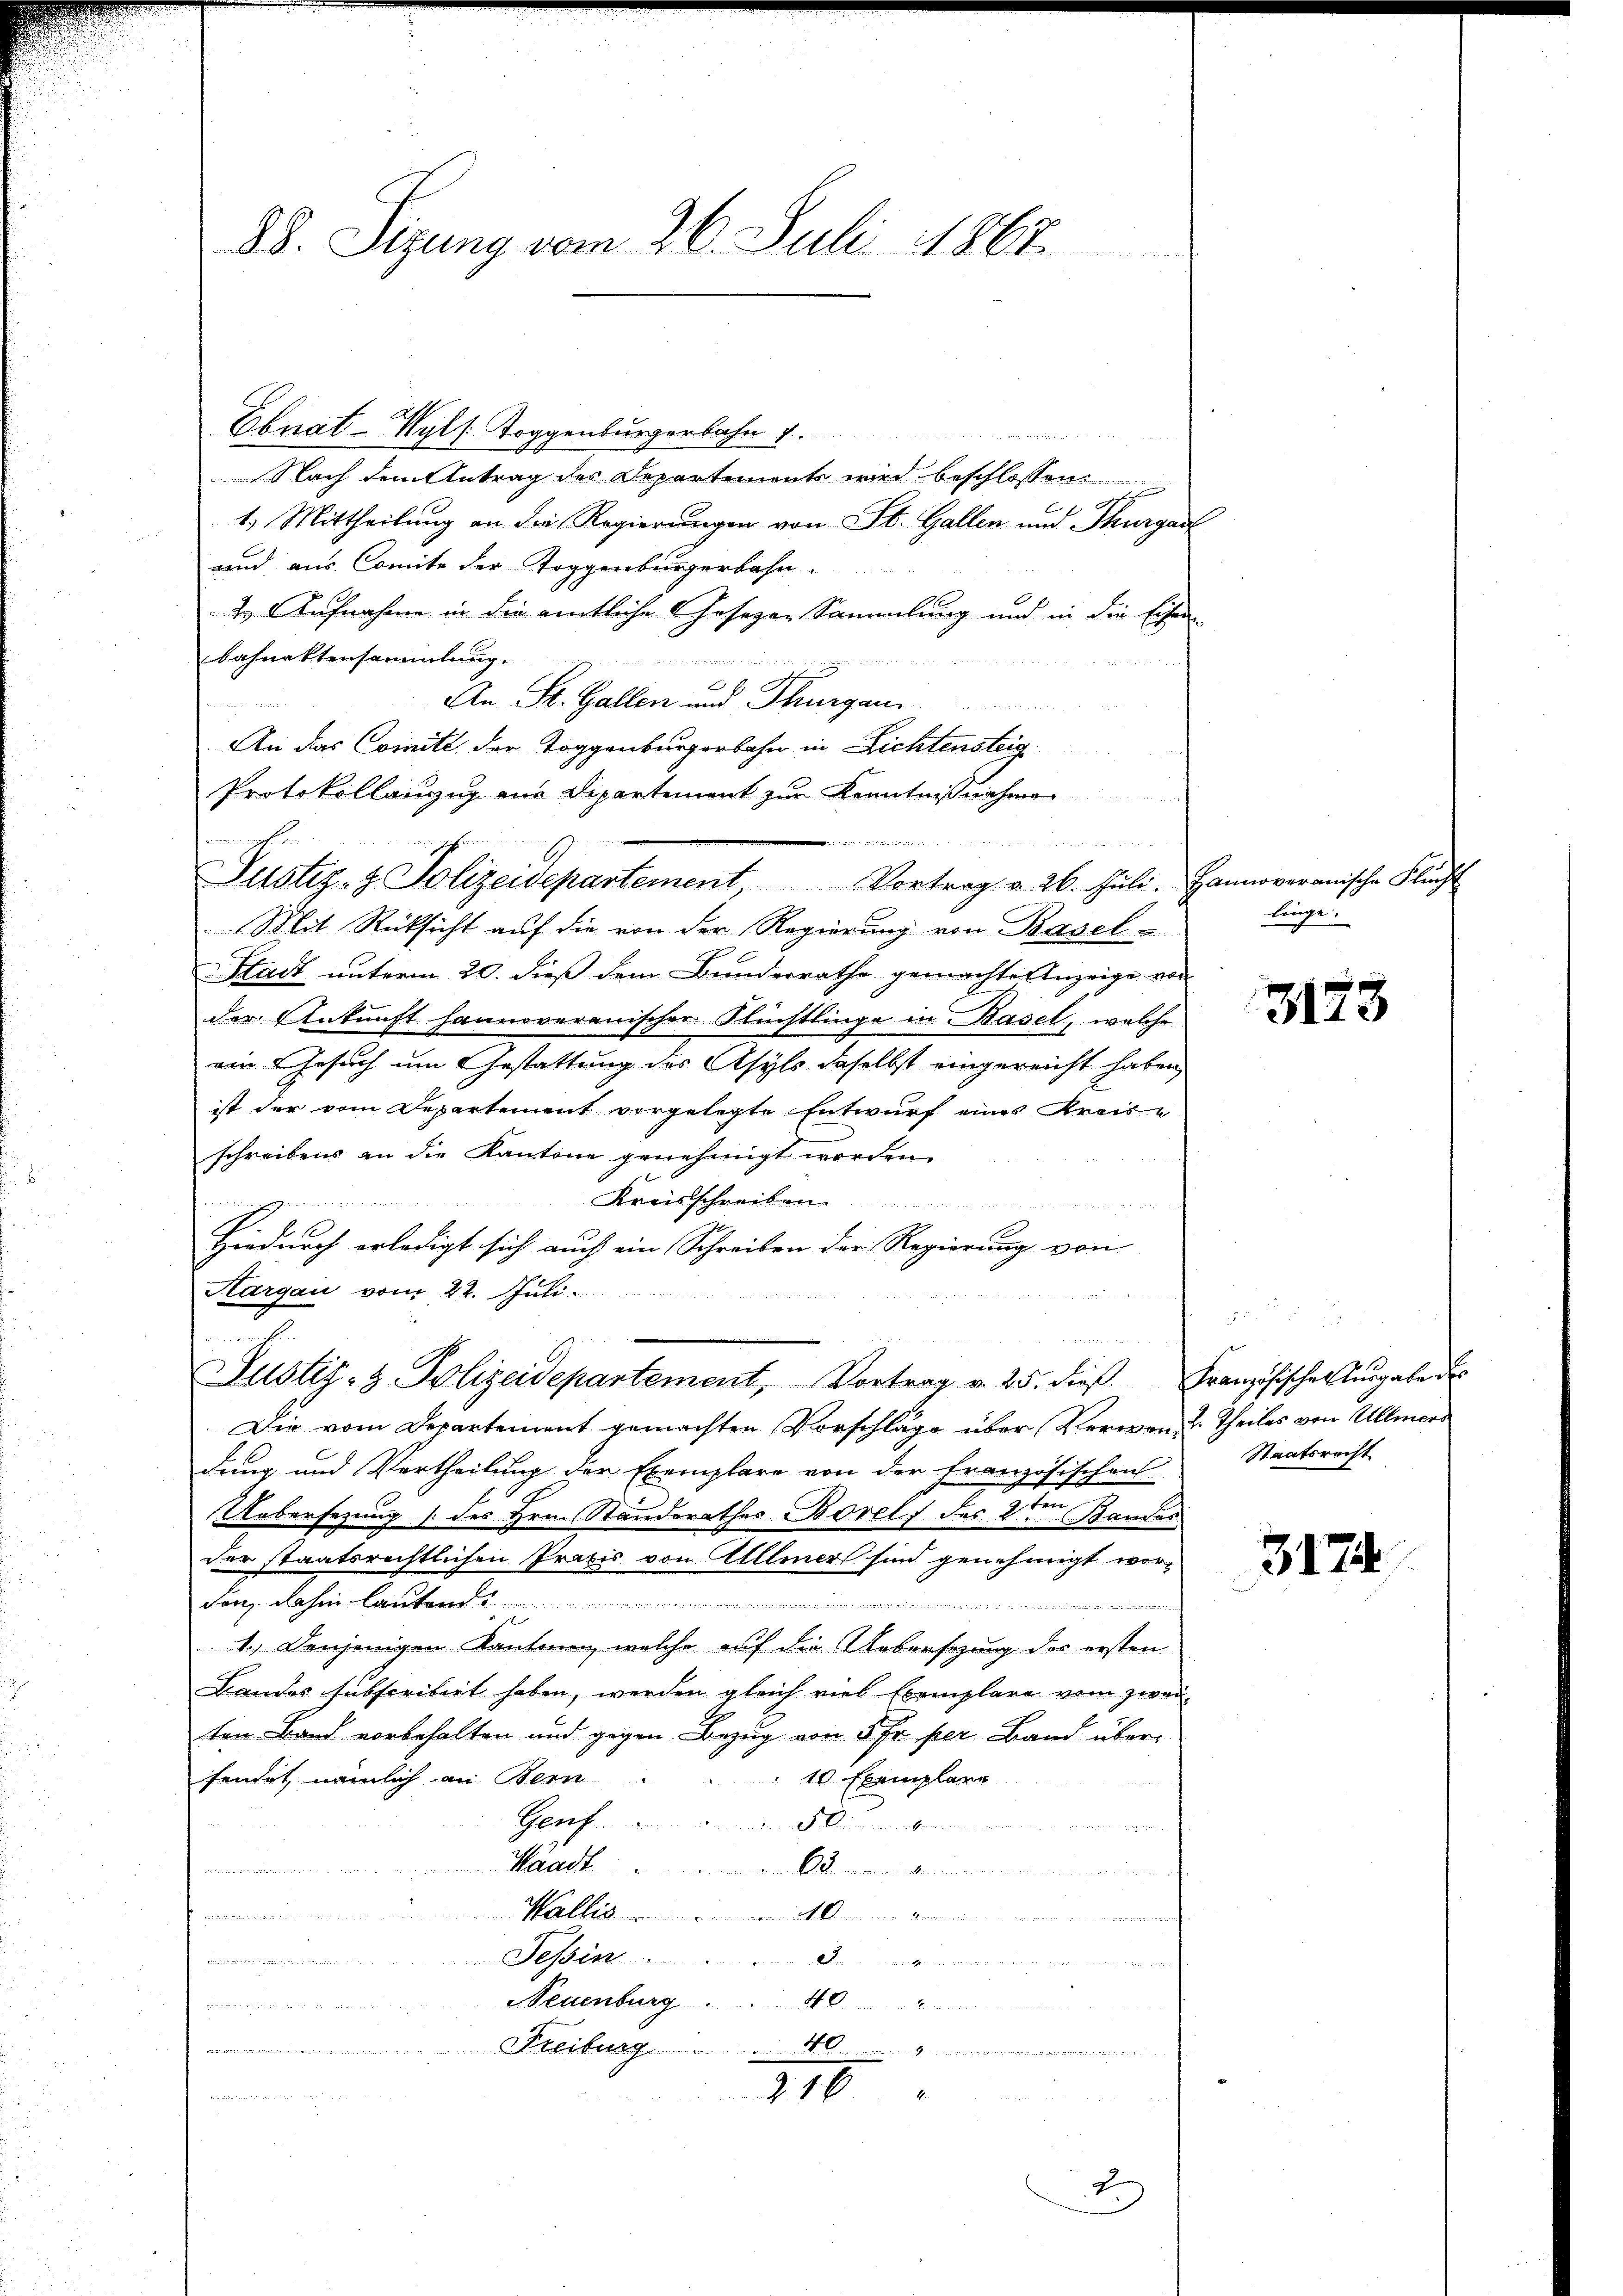
88. Sizung vom 26. Juli 1864.

Ebnat-Wyls Toggenburgerbahn 1.
Nach dem Antrag des Departements wird beschlossen:
A
1.) Mittheilung an die Regierungen von St. Gallen und Thurgau
aind aus Comite der Toggenburgerbahn
2. Aufnahme in die amtliche Gesezen Sammlung und in die Eisen
bahnaktensammlung.
x
e
.
An St. Gallen und Thurgau
An das Comite der Toggenburgerbahn in Lichtensteig
Protokollanzug aus Departement zur Kenntnißnahmen
Mit Rücksicht auf die von der Regierung von Basel-
Stadt unterm 20. dieß dem Bunderrathe gemachte Anzeige von
der Ankunft hannoveranischer Flüchtlinge in Basel, welche
ein Gesuch um Gestattung des Asyls daselbst eingereicht haben,
ist der vom Departement vorgelegte Entwurf eines Kreise
schreibens an die Kantone genehmigt worden.
Kreisschreiben ........
Hiedurch erledigt sich auch ein Schreiben der Regierung von
Kargau vom 22. Juli.

2 Herr AH 1 2
Justiz- & Polizeidepartement, Vortrag v. 25. dieß. Französischer Ausgabe des
Die vom Departement gemachten Vorschläge über Verwandt Theiles von Ullmers
dung und Vertheilung der Exemplare von der Französischen
Uebersezung (des Hrn. Standerathes Borels des 2ten Bandes
der staatsrechtlichen Praxis von Allmer sind genehmigt worden, dahin lauten
dienen
1.) Denjenigen Kantonen, welche auf die Ueberstung des ersten
Bandes subscribirt haben, werden gleich viel Exemplare vom zwei-
ten Band vorbehalten und gegen Bezug von 5 Fr. per Band über
fendet, nämlich an Bern
10 Exemplare
Genf
50.
Waadt.
te
Wal
n
Fessen. |
Neuenburg.

4 in den einen ein einen
t
Freiburg
310

25 Fr. 18

wäre
Justiz- & Polizeidepartement, Vortrag v. 26. Jŭli. Hannoveranische Flŭcht

d

linge.

3173

Staatsrecht

3174